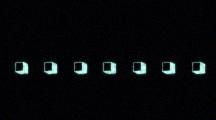
. . . . . . .